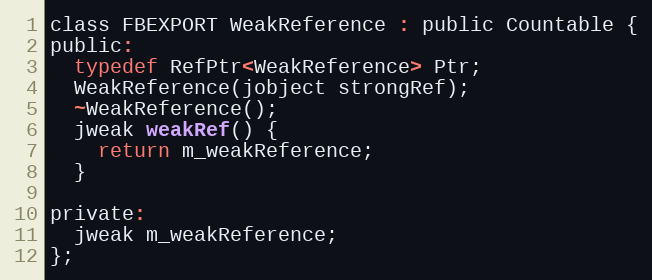
Language: C
class FBEXPORT WeakReference : public Countable {
public:
  typedef RefPtr<WeakReference> Ptr;
  WeakReference(jobject strongRef);
  ~WeakReference();
  jweak weakRef() {
    return m_weakReference;
  }

private:
  jweak m_weakReference;
};